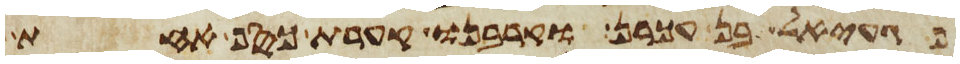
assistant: פגעאל בן עכרן וקרבנו קערת כסף אחת